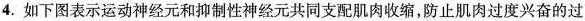
4.如下图表示运动神经元和抑制性神经元共同支配肌肉收缩，防止肌肉过度兴奋的过